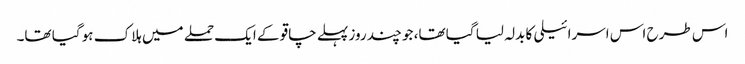
اس طرح اس اسرائیلی کا بدلہ لیا گیا تھا، جو چند روز پہلے چاقو کے ایک حملے میں ہلاک ہو گیا تھا۔